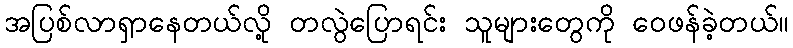
အပြစ်လာရှာနေတယ်လို့ တလွဲပြောရင်း သူများတွေကို ဝေဖန်ခဲ့တယ်။